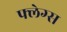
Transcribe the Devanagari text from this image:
फ्लेग्स